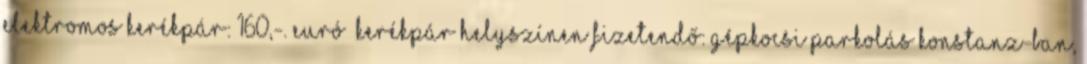
Elektromos kerékpár: 160,-. euró kerékpár Helyszínen fizetendő: gépkocsi parkolás Konstanz-ban,